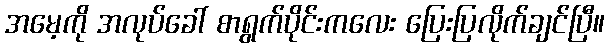
အမေ့ကို အလုပ်ခေါ် စာရွက်ပိုင်းကလေး ပြေးပြလိုက်ချင်ပြီ။